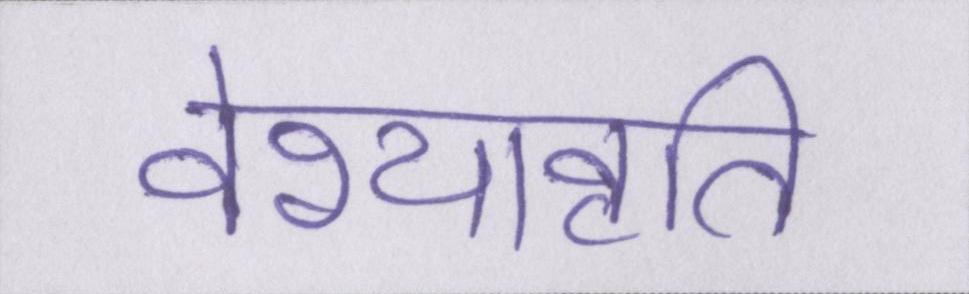
वेश्यावृति